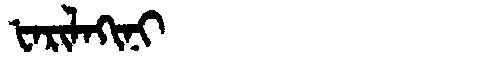
Manchu: ᡶᠠᡵᡳᠯᠠᡴᡳᠨᡳ
Romanization: FARILAKINI